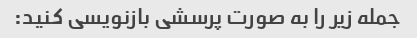
جمله زیر را به صورت پرسشی بازنویسی کنید: